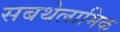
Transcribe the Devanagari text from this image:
सबथेलामिक